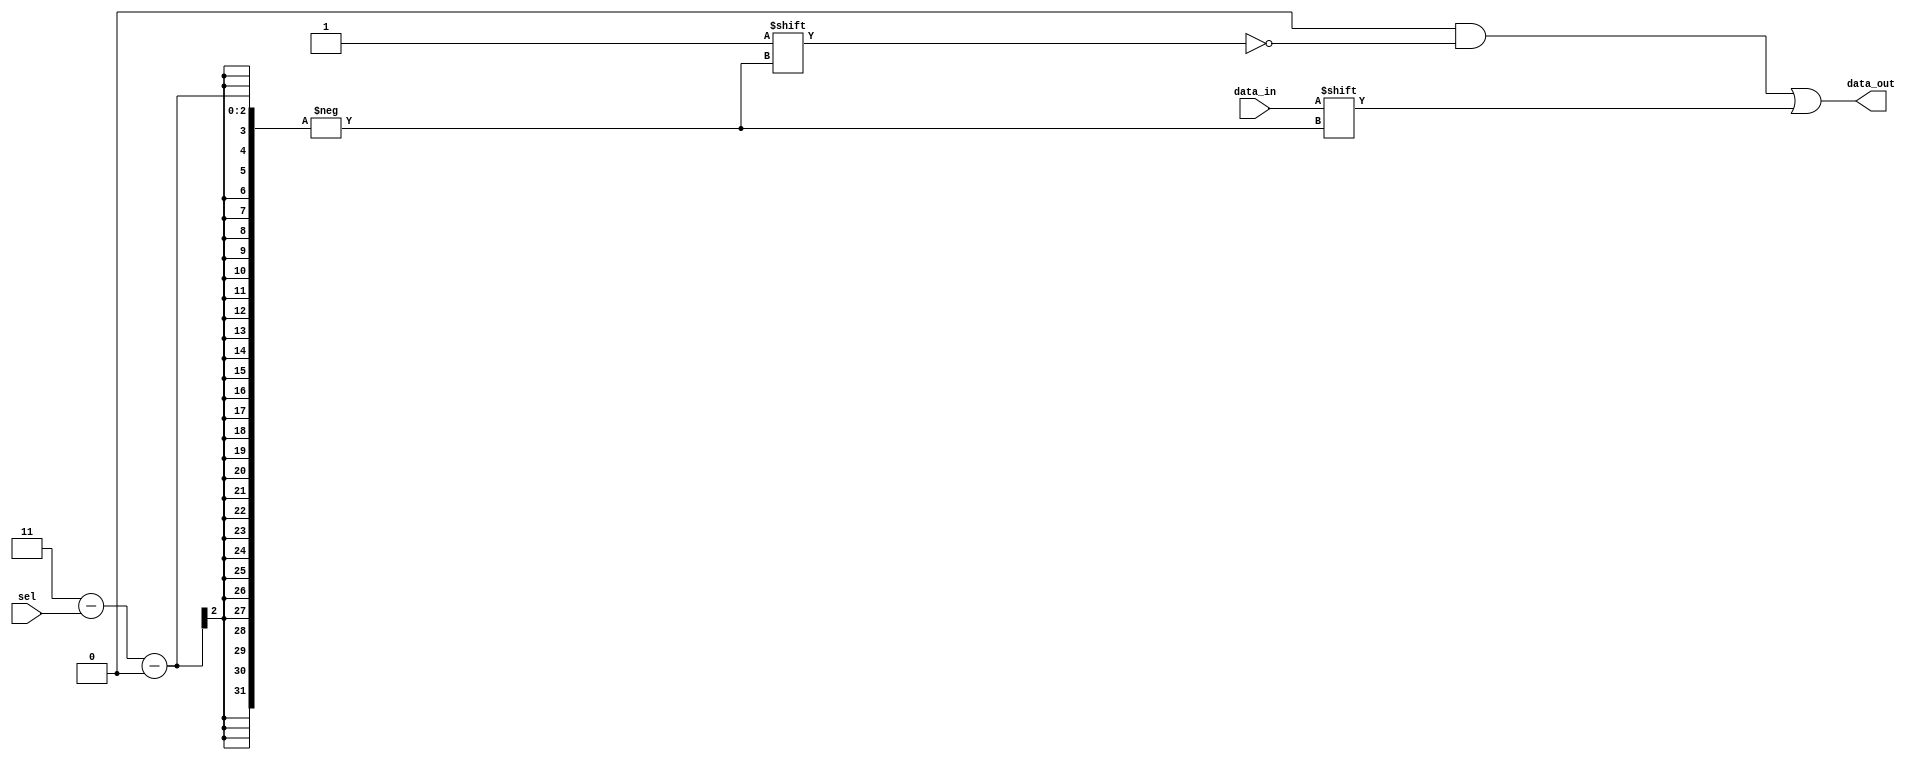
module DEMUX_1b(
    // inputs
    data_in,
    sel,
    // outpus
    data_out
    );
    
    parameter N = 4;
    
    localparam SEL_WIDTH = $clog2(N);
    
    // inputs
    input data_in;
    input [SEL_WIDTH-1:0] sel;
    
    // outputs
    output reg [N-1:0] data_out;
    
    // demuxing
    wire [SEL_WIDTH-1:0] sel_inv;
    assign sel_inv = N-1-sel;
    always @* begin
        data_out = 0;
        data_out[sel_inv] = data_in;
    end
endmodule